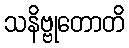
သနိဗ္ဗုတောတိ